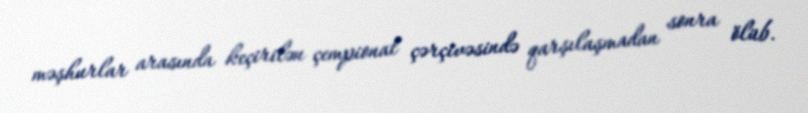
məşhurlar arasında keçirilən çempionat çərçivəsində qarşılaşmadan sonra ölüb.